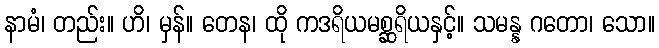
နာမံ၊ တည်း။ ဟိ၊ မှန်။ တေန၊ ထို ကဒရိယမစ္ဆရိယနှင့်။ သမန္န ဂတော၊ သော။